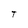
Character: T